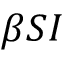
\beta S I